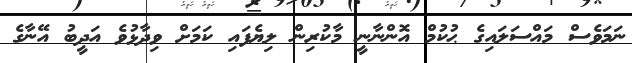
ނަމަވެސް މައްސަލައިގެ ޙުކުމް އޮންނާނީ މާކުރިން ލިޔެފައި ކަމަށް ވިދާޅުވެ އަދީބު އޭނާގެ